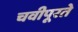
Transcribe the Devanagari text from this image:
चवीपूरते